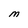
Character: M